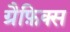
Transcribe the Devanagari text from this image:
ग्रैफ़िक्स